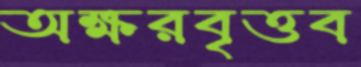
অক্ষরবৃত্তব